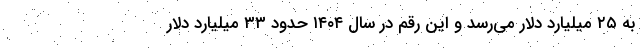
به ۲۵ میلیارد دلار می‌رسد و این رقم در سال ۱۴۰۴ حدود ۳۳ میلیارد دلار